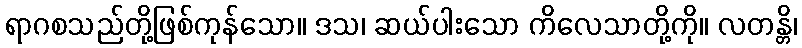
ရာဂစသည်တို့ဖြစ်ကုန်သော။ ဒသ၊ ဆယ်ပါးသော ကိလေသာတို့ကို။ လတန္တိ၊